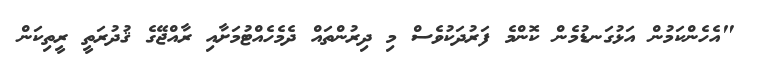
"އެހެންކަމުން އަޅުގަނޑުމެން ކޮންމެ ފަރުދަކުވެސް މި ދިރުންތައް ދެމެހެއްޓުމަށާއި ރާއްޖޭގެ ޤުދުރަތީ ރީތިކަން